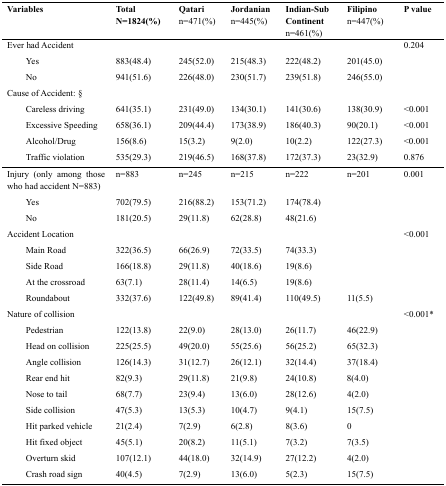
<table><thead><tr><td><b>Variables</b></td><td><b>Total N=1824(%)</b></td><td><b>Qatari n=471(%)</b></td><td><b>Jordanian n=445(%)</b></td><td><b>Indian-Sub Continent n=461(%)</b></td><td><b>Filipino n=447(%)</b></td><td><b>P value</b></td></tr></thead><tbody><tr><td>Ever had Accident</td><td></td><td></td><td></td><td></td><td></td><td>0.204</td></tr><tr><td>Yes</td><td>883(48.4)</td><td>245(52.0)</td><td>215(48.3)</td><td>222(48.2)</td><td>201(45.0)</td></tr><tr><td>No</td><td>941(51.6)</td><td>226(48.0)</td><td>230(51.7)</td><td>239(51.8)</td><td>246(55.0)</td></tr><tr><td>Cause of Accident: §</td><td></td><td></td><td></td><td></td><td></td><td></td></tr><tr><td>Careless driving</td><td>641(35.1)</td><td>231(49.0)</td><td>134(30.1)</td><td>141(30.6)</td><td>138(30.9)</td><td>&lt;0.001</td></tr><tr><td>Excessive Speeding</td><td>658(36.1)</td><td>209(44.4)</td><td>173(38.9)</td><td>186(40.3)</td><td>90(20.1)</td><td>&lt;0.001</td></tr><tr><td>Alcohol/Drug</td><td>156(8.6)</td><td>15(3.2)</td><td>9(2.0)</td><td>10(2.2)</td><td>122(27.3)</td><td>&lt;0.001</td></tr><tr><td>Traffic violation</td><td>535(29.3)</td><td>219(46.5)</td><td>168(37.8)</td><td>172(37.3)</td><td>23(32.9)</td><td>0.876</td></tr><tr><td>Injury (only among those who had accident N=883)</td><td>n=883</td><td>n=245</td><td>n=215</td><td>n=222</td><td>n=201</td><td>0.001</td></tr><tr><td>Yes</td><td>702(79.5)</td><td>216(88.2)</td><td>153(71.2)</td><td>174(78.4)</td><td></td><td></td></tr><tr><td>No</td><td>181(20.5)</td><td>29(11.8)</td><td>62(28.8)</td><td>48(21.6)</td><td></td><td></td></tr><tr><td>Accident Location</td><td></td><td></td><td></td><td></td><td></td><td>&lt;0.001</td></tr><tr><td>Main Road</td><td>322(36.5)</td><td>66(26.9)</td><td>72(33.5)</td><td>74(33.3)</td><td></td></tr><tr><td>Side Road</td><td>166(18.8)</td><td>29(11.8)</td><td>40(18.6)</td><td>19(8.6)</td><td></td></tr><tr><td>At the crossroad</td><td>63(7.1)</td><td>28(11.4)</td><td>14(6.5)</td><td>19(8.6)</td><td></td></tr><tr><td>Roundabout</td><td>332(37.6)</td><td>122(49.8)</td><td>89(41.4)</td><td>110(49.5)</td><td>11(5.5)</td></tr><tr><td>Nature of collision</td><td></td><td></td><td></td><td></td><td></td><td>&lt;0.001*</td></tr><tr><td>Pedestrian</td><td>122(13.8)</td><td>22(9.0)</td><td>28(13.0)</td><td>26(11.7)</td><td>46(22.9)</td></tr><tr><td>Head on collision</td><td>225(25.5)</td><td>49(20.0)</td><td>55(25.6)</td><td>56(25.2)</td><td>65(32.3)</td></tr><tr><td>Angle collision</td><td>126(14.3)</td><td>31(12.7)</td><td>26(12.1)</td><td>32(14.4)</td><td>37(18.4)</td></tr><tr><td>Rear end hit</td><td>82(9.3)</td><td>29(11.8)</td><td>21(9.8)</td><td>24(10.8)</td><td>8(4.0)</td></tr><tr><td>Nose to tail</td><td>68(7.7)</td><td>23(9.4)</td><td>13(6.0)</td><td>28(12.6)</td><td>4(2.0)</td></tr><tr><td>Side collision</td><td>47(5.3)</td><td>13(5.3)</td><td>10(4.7)</td><td>9(4.1)</td><td>15(7.5)</td></tr><tr><td>Hit parked vehicle</td><td>21(2.4)</td><td>7(2.9)</td><td>6(2.8)</td><td>8(3.6)</td><td>0</td></tr><tr><td>Hit fixed object</td><td>45(5.1)</td><td>20(8.2)</td><td>11(5.1)</td><td>7(3.2)</td><td>7(3.5)</td></tr><tr><td>Overturn skid</td><td>107(12.1)</td><td>44(18.0)</td><td>32(14.9)</td><td>27(12.2)</td><td>4(2.0)</td></tr><tr><td>Crash road sign</td><td>40(4.5)</td><td>7(2.9)</td><td>13(6.0)</td><td>5(2.3)</td><td>15(7.5)</td></tr></tbody></table>